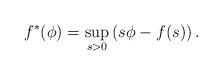
LaTeX: \begin{align*}f^*(\phi) = \sup_{s > 0}\left(s \phi - f(s)\right).\end{align*}